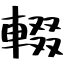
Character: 輟